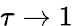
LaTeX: \tau\xrightarrow{}1